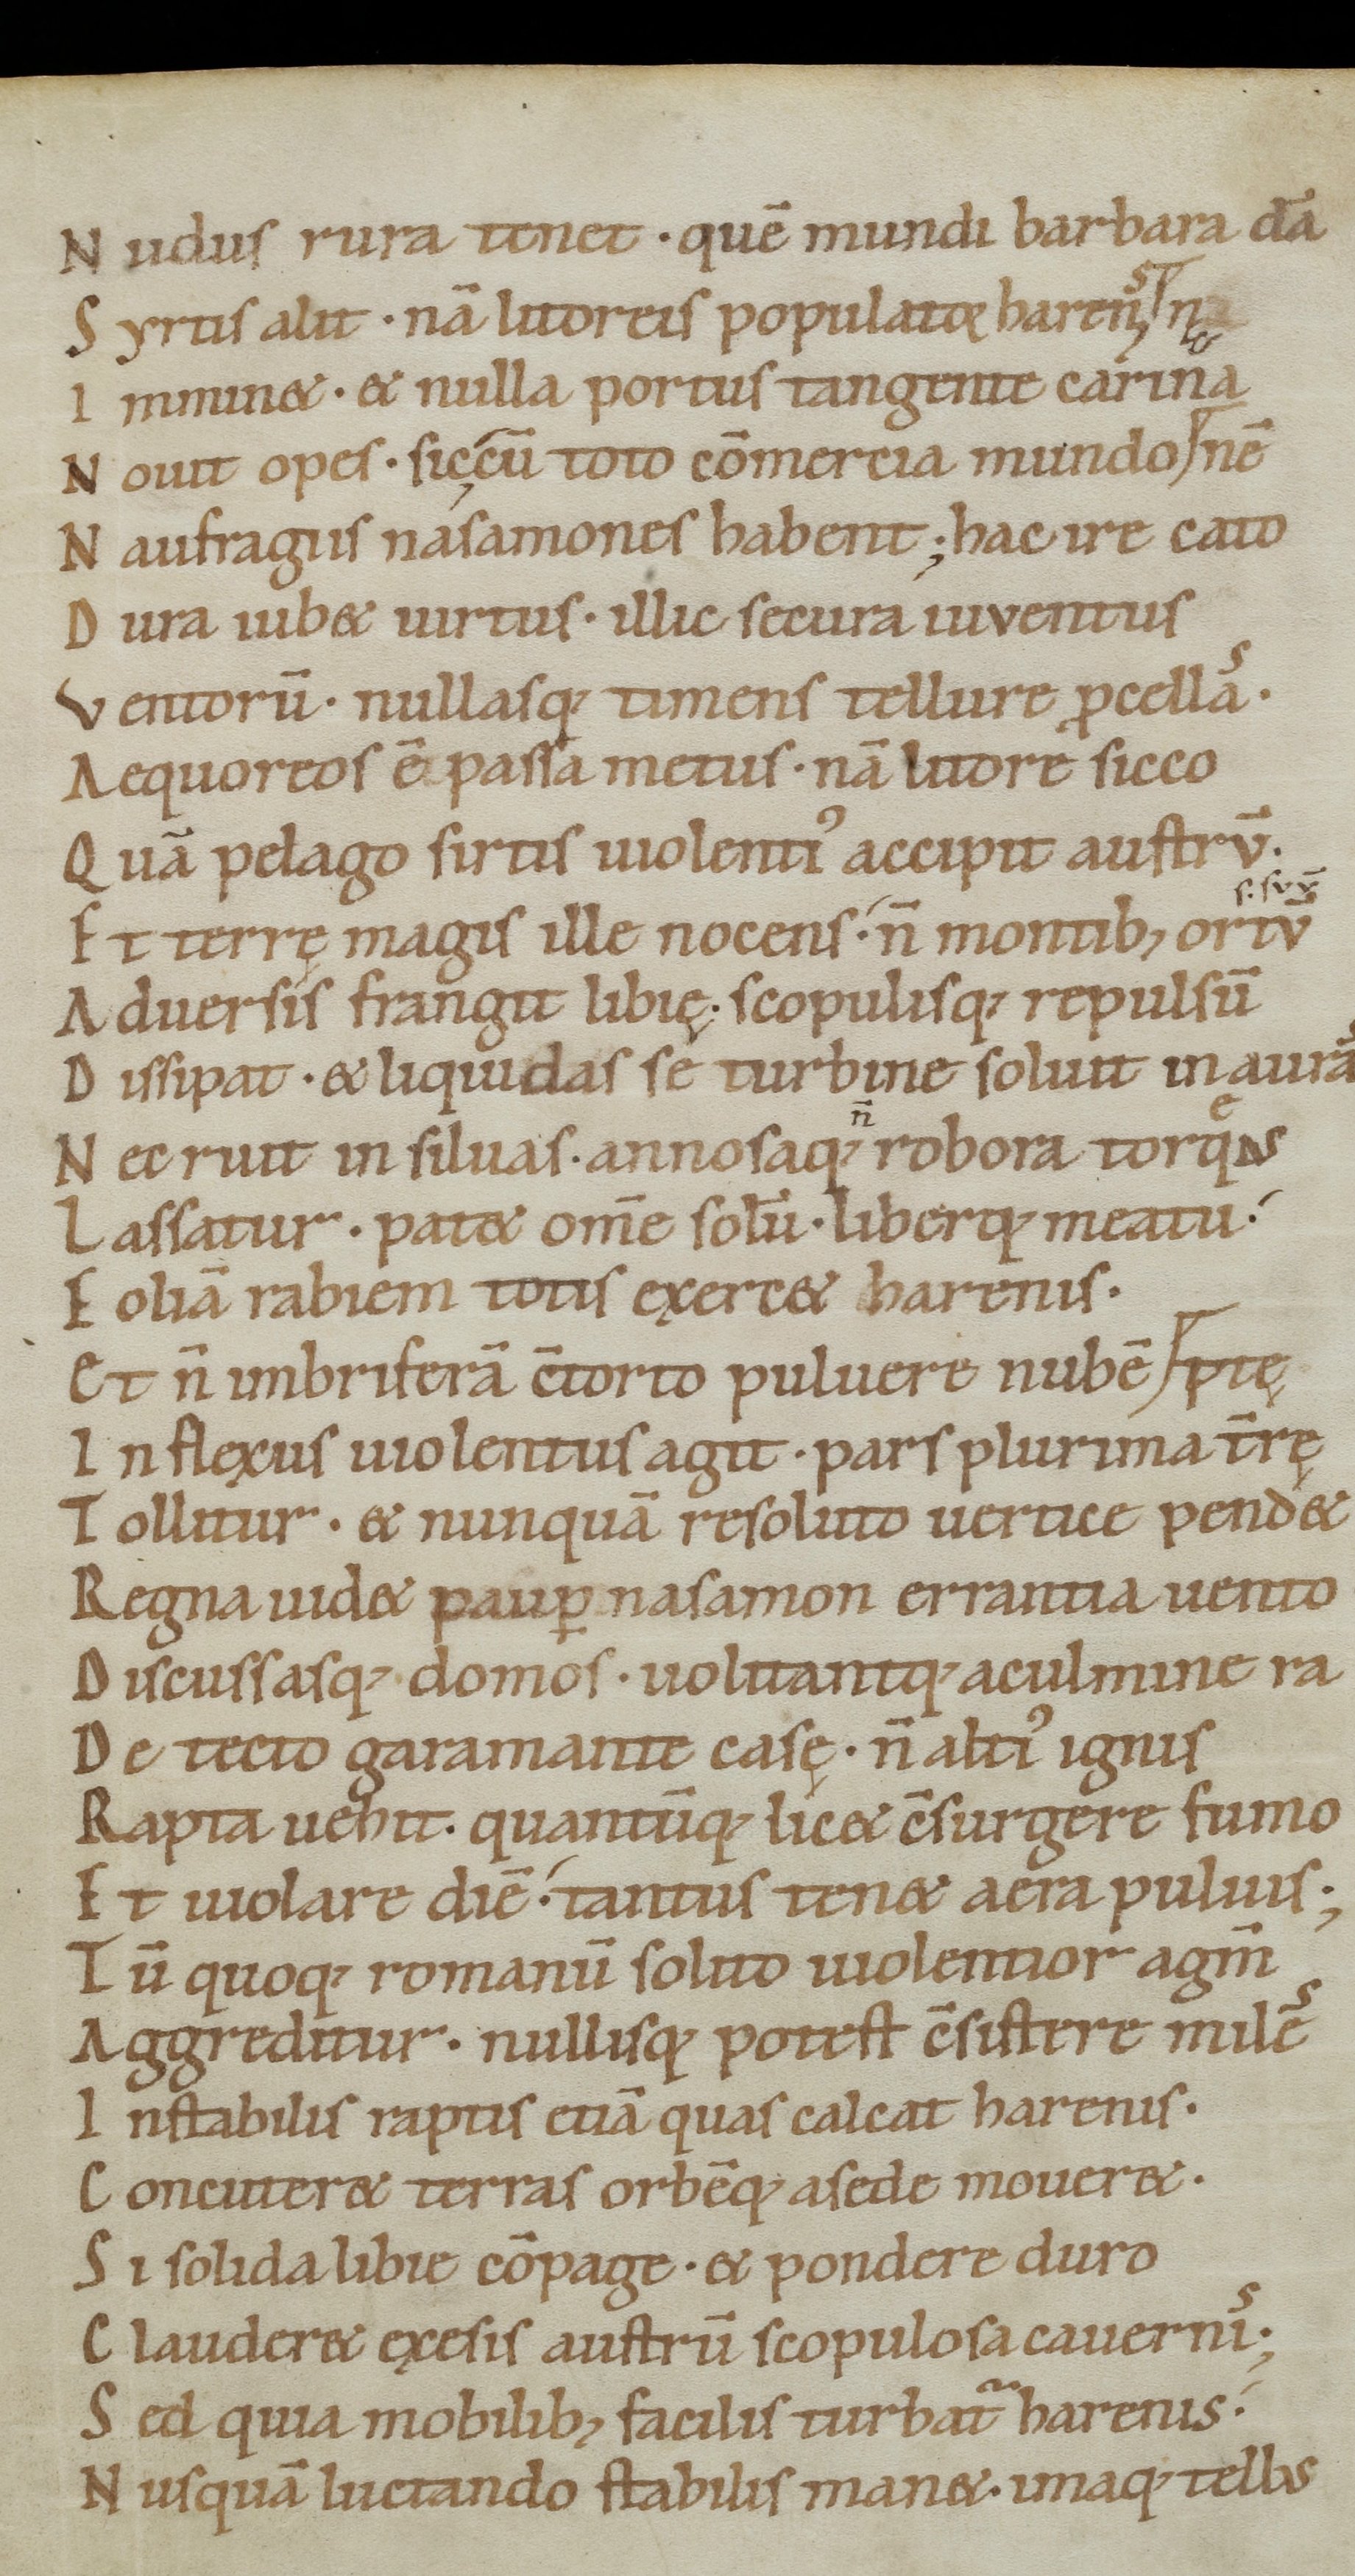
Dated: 1050–1074